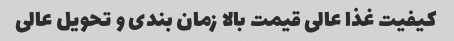
کیفیت غذا عالی قیمت بالا زمان بندی و تحویل عالی